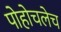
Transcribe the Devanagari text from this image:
पोहोचलेच